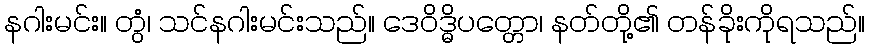
နဂါးမင်း။ တွံ၊ သင်နဂါးမင်းသည်။ ဒေဝိဒ္ဓိပတ္တော၊ နတ်တို့၏ တန်ခိုးကိုရသည်။